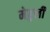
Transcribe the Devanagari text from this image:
मेहुली